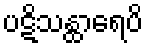
ပဋိသန္ထာရေပိ